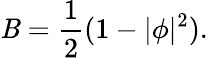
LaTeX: \mathit{B}=\frac{{1}}{{2}}(1-|\phi|^{2}).